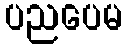
ပညပေမ